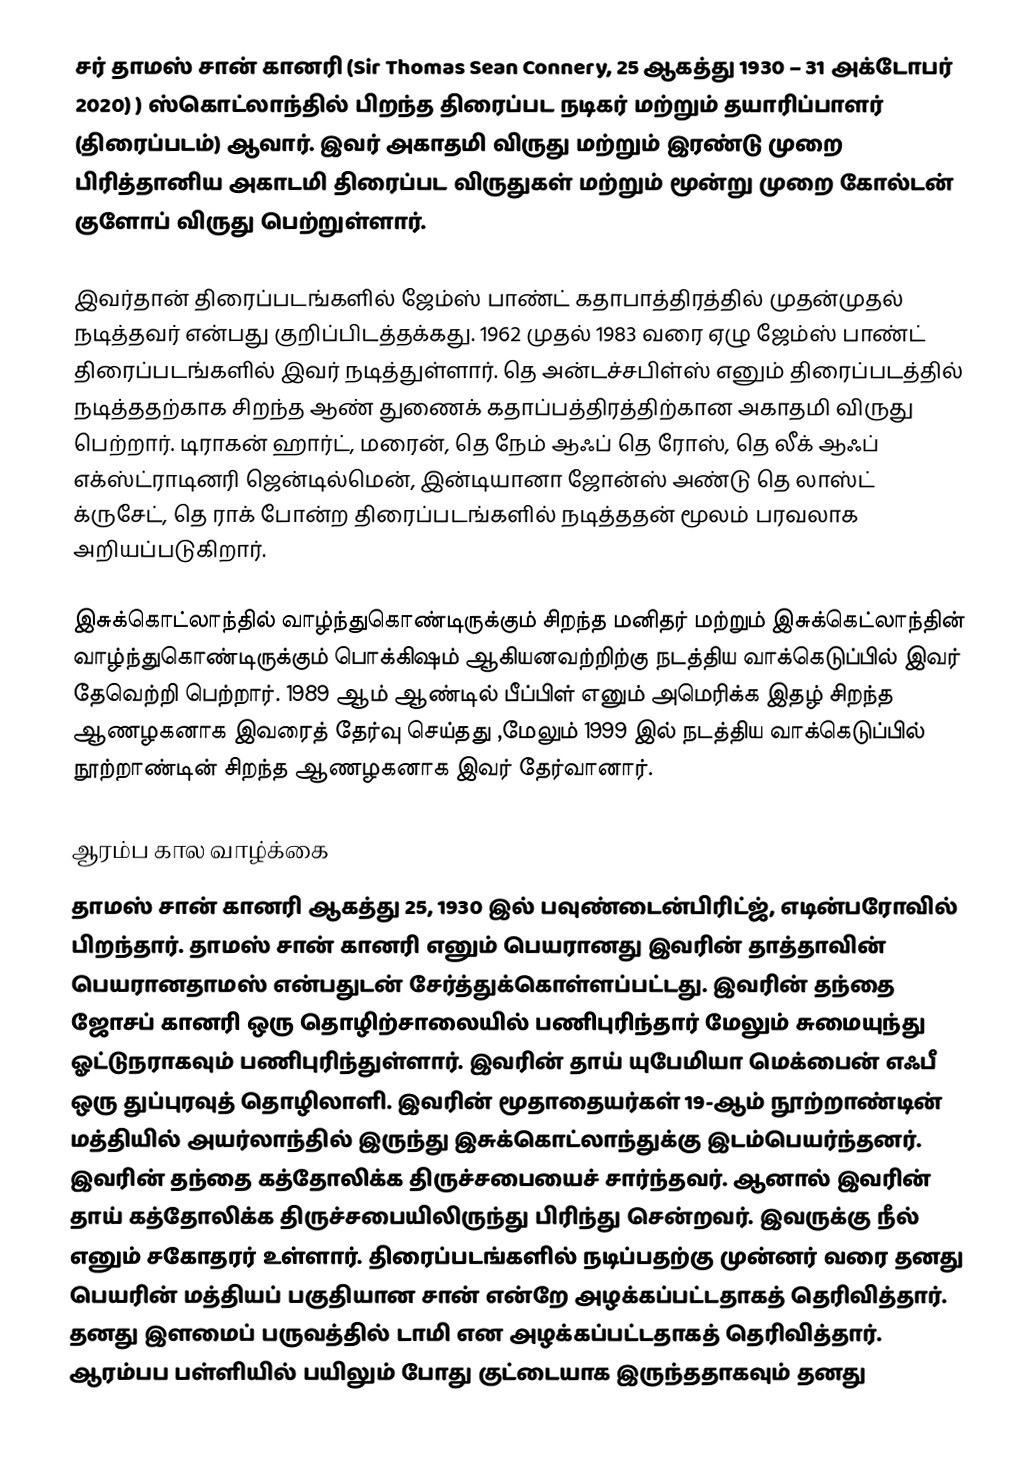
சர் தாமஸ் சான் கானரி (Sir Thomas Sean Connery, 25 ஆகத்து 1930 – 31 அக்டோபர் 2020) ) ஸ்கொட்லாந்தில் பிறந்த திரைப்பட நடிகர் மற்றும் தயாரிப்பாளர் (திரைப்படம்) ஆவார். இவர் அகாதமி விருது மற்றும் இரண்டு முறை பிரித்தானிய அகாடமி திரைப்பட விருதுகள் மற்றும் மூன்று முறை கோல்டன் குளோப் விருது பெற்றுள்ளார்.

இவர்தான் திரைப்படங்களில் ஜேம்ஸ் பாண்ட் கதாபாத்திரத்தில் முதன்முதல் நடித்தவர் என்பது குறிப்பிடத்தக்கது. 1962 முதல் 1983 வரை ஏழு ஜேம்ஸ் பாண்ட் திரைப்படங்களில் இவர் நடித்துள்ளார். தெ அன்டச்சபிள்ஸ் எனும் திரைப்படத்தில் நடித்ததற்காக சிறந்த ஆண் துணைக் கதாப்பத்திரத்திற்கான அகாதமி விருது பெற்றார். டிராகன் ஹார்ட், மரைன், தெ நேம் ஆஃப் தெ ரோஸ், தெ லீக் ஆஃப் எக்ஸ்ட்ராடினரி ஜென்டில்மென், இன்டியானா ஜோன்ஸ் அண்டு தெ லாஸ்ட் க்ருசேட், தெ ராக் போன்ற திரைப்படங்களில் நடித்ததன் மூலம் பரவலாக அறியப்படுகிறார்.

இசுக்கொட்லாந்தில் வாழ்ந்துகொண்டிருக்கும் சிறந்த மனிதர்  மற்றும் இசுக்கெட்லாந்தின் வாழ்ந்துகொண்டிருக்கும் பொக்கிஷம்  ஆகியனவற்றிற்கு நடத்திய வாக்கெடுப்பில் இவர் தேவெற்றி பெற்றார்.  1989 ஆம் ஆண்டில் பீப்பிள் எனும் அமெரிக்க இதழ் சிறந்த ஆணழகனாக இவரைத் தேர்வு செய்தது ,மேலும் 1999 இல் நடத்திய வாக்கெடுப்பில் நூற்றாண்டின் சிறந்த ஆணழகனாக இவர் தேர்வானார்.

ஆரம்ப கால வாழ்க்கை
தாமஸ் சான் கானரி ஆகத்து 25, 1930 இல் பவுண்டைன்பிரிட்ஜ், எடின்பரோவில் பிறந்தார். தாமஸ் சான் கானரி எனும் பெயரானது இவரின் தாத்தாவின் பெயரானதாமஸ் என்பதுடன் சேர்த்துக்கொள்ளப்பட்டது. இவரின் தந்தை ஜோசப் கானரி ஒரு தொழிற்சாலையில் பணிபுரிந்தார் மேலும் சுமையுந்து ஓட்டுநராகவும் பணிபுரிந்துள்ளார். இவரின் தாய் யுபேமியா மெக்பைன் எஃபீ ஒரு துப்புரவுத் தொழிலாளி. இவரின் மூதாதையர்கள் 19-ஆம் நூற்றாண்டின் மத்தியில் அயர்லாந்தில் இருந்து இசுக்கொட்லாந்துக்கு இடம்பெயர்ந்தனர். இவரின் தந்தை கத்தோலிக்க திருச்சபையைச் சார்ந்தவர். ஆனால் இவரின் தாய் கத்தோலிக்க திருச்சபையிலிருந்து பிரிந்து சென்றவர். இவருக்கு நீல் எனும் சகோதரர் உள்ளார். திரைப்படங்களில் நடிப்பதற்கு முன்னர் வரை தனது பெயரின் மத்தியப் பகுதியான சான் என்றே அழக்கப்பட்டதாகத் தெரிவித்தார். தனது இளமைப் பருவத்தில் டாமி என அழக்கப்பட்டதாகத் தெரிவித்தார். ஆரம்பப பள்ளியில் பயிலும் போது குட்டையாக இருந்ததாகவும் தனது